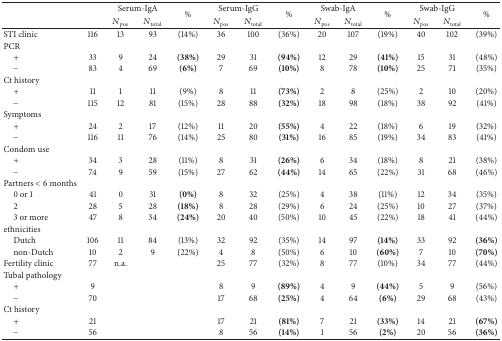
<table><thead><tr><td><b> </b></td><td><b> </b></td><td colspan="2"><b>Serum-IgA</b></td><td rowspan="2"><b>%</b></td><td colspan="2"><b>Serum-IgG</b></td><td rowspan="2"><b>%</b></td><td colspan="2"><b>Swab-IgA</b></td><td rowspan="2"><b>%</b></td><td colspan="2"><b>Swab-IgG</b></td><td rowspan="2"><b>%</b></td></tr><tr><td><b> </b></td><td><b> </b></td><td><b><i>N</i><sub>pos</sub></b></td><td><b><i>N</i><sub>total</sub></b></td><td><b><i>N</i><sub>pos</sub></b></td><td><b><i>N</i><sub>total</sub></b></td><td><b><i>N</i><sub>pos</sub></b></td><td><b><i>N</i><sub>total</sub></b></td><td><b><i>N</i><sub>pos</sub></b></td><td><b><i>N</i><sub>total</sub></b></td></tr></thead><tbody><tr><td>STI clinic</td><td>116</td><td>13</td><td>93</td><td>(14%)</td><td>36</td><td>100</td><td>(36%)</td><td>20</td><td>107</td><td>(19%)</td><td>40</td><td>102</td><td>(39%)</td></tr><tr><td>PCR</td><td> </td><td> </td><td> </td><td> </td><td> </td><td> </td><td> </td><td> </td><td> </td><td> </td><td> </td><td> </td><td> </td></tr><tr><td> +</td><td>33</td><td>9</td><td>24</td><td><b>(38%)</b></td><td>29</td><td>31</td><td><b>(94%)</b></td><td>12</td><td>29</td><td><b>(41%)</b></td><td>15</td><td>31</td><td>(48%)</td></tr><tr><td> −</td><td>83</td><td>4</td><td>69</td><td><b>(6%)</b></td><td>7</td><td>69</td><td><b>(10%)</b></td><td>8</td><td>78</td><td><b>(10%)</b></td><td>25</td><td>71</td><td>(35%)</td></tr><tr><td>Ct history</td><td> </td><td> </td><td> </td><td> </td><td> </td><td> </td><td> </td><td> </td><td> </td><td> </td><td> </td><td> </td><td> </td></tr><tr><td> +</td><td>11</td><td>1</td><td>11</td><td>(9%)</td><td>8</td><td>11</td><td><b>(73%)</b></td><td>2</td><td>8</td><td>(25%)</td><td>2</td><td>10</td><td>(20%)</td></tr><tr><td> −</td><td>115</td><td>12</td><td>81</td><td>(15%)</td><td>28</td><td>88</td><td><b>(32%)</b></td><td>18</td><td>98</td><td>(18%)</td><td>38</td><td>92</td><td>(41%)</td></tr><tr><td>Symptoms</td><td> </td><td> </td><td> </td><td> </td><td> </td><td> </td><td> </td><td> </td><td> </td><td> </td><td> </td><td> </td><td> </td></tr><tr><td> +</td><td>24</td><td>2</td><td>17</td><td>(12%)</td><td>11</td><td>20</td><td><b>(55%)</b></td><td>4</td><td>22</td><td>(18%)</td><td>6</td><td>19</td><td>(32%)</td></tr><tr><td> −</td><td>116</td><td>11</td><td>76</td><td>(14%)</td><td>25</td><td>80</td><td><b>(31%)</b></td><td>16</td><td>85</td><td>(19%)</td><td>34</td><td>83</td><td>(41%)</td></tr><tr><td>Condom use</td><td> </td><td> </td><td> </td><td> </td><td> </td><td> </td><td> </td><td> </td><td> </td><td> </td><td> </td><td> </td><td> </td></tr><tr><td> +</td><td>34</td><td>3</td><td>28</td><td>(11%)</td><td>8</td><td>31</td><td><b>(26%)</b></td><td>6</td><td>34</td><td>(18%)</td><td>8</td><td>21</td><td>(38%)</td></tr><tr><td> −</td><td>74</td><td>9</td><td>59</td><td>(15%)</td><td>27</td><td>62</td><td><b>(44%)</b></td><td>14</td><td>65</td><td>(22%)</td><td>31</td><td>68</td><td>(46%)</td></tr><tr><td>Partners &lt; 6 months</td><td> </td><td> </td><td> </td><td> </td><td> </td><td> </td><td> </td><td> </td><td> </td><td> </td><td> </td><td> </td><td> </td></tr><tr><td> 0 or 1</td><td>41</td><td>0</td><td>31</td><td><b>(0%)</b></td><td>8</td><td>32</td><td>(25%)</td><td>4</td><td>38</td><td>(11%)</td><td>12</td><td>34</td><td>(35%)</td></tr><tr><td> 2</td><td>28</td><td>5</td><td>28</td><td><b>(18%)</b></td><td>8</td><td>28</td><td>(29%)</td><td>6</td><td>24</td><td>(25%)</td><td>10</td><td>27</td><td>(37%)</td></tr><tr><td> 3 or more</td><td>47</td><td>8</td><td>34</td><td><b>(24%)</b></td><td>20</td><td>40</td><td>(50%)</td><td>10</td><td>45</td><td>(22%)</td><td>18</td><td>41</td><td>(44%)</td></tr><tr><td>ethnicities</td><td> </td><td> </td><td> </td><td> </td><td> </td><td> </td><td> </td><td> </td><td> </td><td> </td><td> </td><td> </td><td> </td></tr><tr><td> Dutch</td><td>106</td><td>11</td><td>84</td><td>(13%)</td><td>32</td><td>92</td><td>(35%)</td><td>14</td><td>97</td><td><b>(14%)</b></td><td>33</td><td>92</td><td><b>(36%)</b></td></tr><tr><td> non-Dutch</td><td>10</td><td>2</td><td>9</td><td>(22%)</td><td>4</td><td>8</td><td>(50%)</td><td>6</td><td>10</td><td><b>(60%)</b></td><td>7</td><td>10</td><td><b>(70%)</b></td></tr><tr><td>Fertility clinic</td><td>77</td><td>n.a.</td><td> </td><td> </td><td>25</td><td>77</td><td>(32%)</td><td>8</td><td>77</td><td>(10%)</td><td>34</td><td>77</td><td>(44%)</td></tr><tr><td>Tubal pathology</td><td> </td><td> </td><td> </td><td> </td><td> </td><td> </td><td> </td><td> </td><td> </td><td> </td><td> </td><td> </td><td> </td></tr><tr><td> +</td><td>9</td><td> </td><td> </td><td> </td><td>8</td><td>9</td><td><b>(89%)</b></td><td>4</td><td>9</td><td><b>(44%)</b></td><td>5</td><td>9</td><td>(56%)</td></tr><tr><td> −</td><td>70</td><td> </td><td> </td><td> </td><td>17</td><td>68</td><td><b>(25%)</b></td><td>4</td><td>64</td><td><b>(6%)</b></td><td>29</td><td>68</td><td>(43%)</td></tr><tr><td>Ct history</td><td> </td><td> </td><td> </td><td> </td><td> </td><td> </td><td> </td><td> </td><td> </td><td> </td><td> </td><td> </td><td> </td></tr><tr><td> +</td><td>21</td><td> </td><td> </td><td> </td><td>17</td><td>21</td><td><b>(81%)</b></td><td>7</td><td>21</td><td><b>(33%)</b></td><td>14</td><td>21</td><td><b>(67%)</b></td></tr><tr><td> −</td><td>56</td><td> </td><td> </td><td> </td><td>8</td><td>56</td><td><b>(14%)</b></td><td>1</td><td>56</td><td><b>(2%)</b></td><td>20</td><td>56</td><td><b>(36%)</b></td></tr></tbody></table>